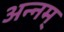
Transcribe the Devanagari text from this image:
अन्नम्